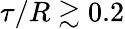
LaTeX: \tau/R\gtrsim 0.2